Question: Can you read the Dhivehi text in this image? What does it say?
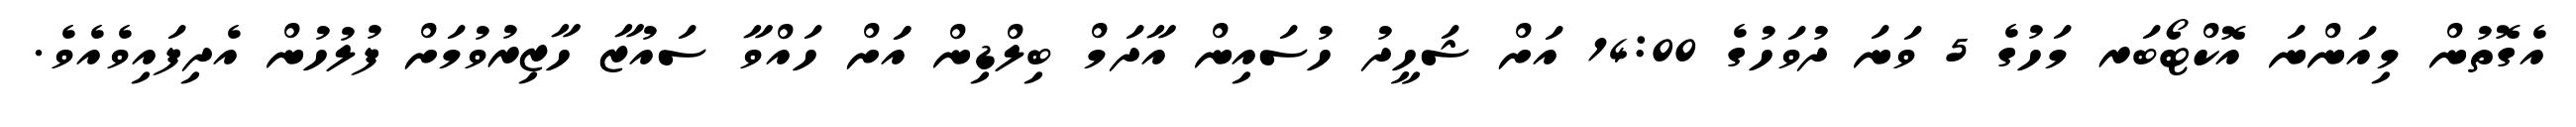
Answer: އެގޮތުން މިއަންނަ އޮކްޓޯބަރ މަހުގެ 5 ވަނަ ދުވަހުގެ 14:00 އަށް ޝަހީދު ހުސައިން އާދަމް ބިލްޑިން އަަށް ހައްވާ ސައުޒާ ހާޒިރުވުމަށް ފުލުހުން އެދިފައިވެއެވެ.